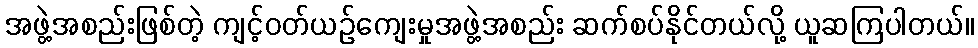
အဖွဲ့အစည်းဖြစ်တဲ့ ကျင့်ဝတ်ယဉ်ကျေးမှုအဖွဲ့အစည်း ဆက်စပ်နိုင်တယ်လို့ ယူဆကြပါတယ်။